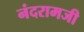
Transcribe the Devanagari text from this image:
नंदरामजी